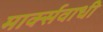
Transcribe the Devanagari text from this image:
मार्क्सवाधी